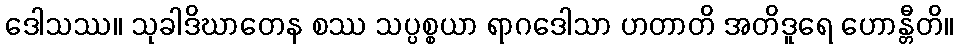
ဒေါသဿ။ သုခါဒိဃာတေန စဿ သပ္ပစ္စယာ ရာဂဒေါသာ ဟတာတိ အတိဒူရေ ဟောန္တီတိ။